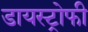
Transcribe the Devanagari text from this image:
डायस्ट्रोफी